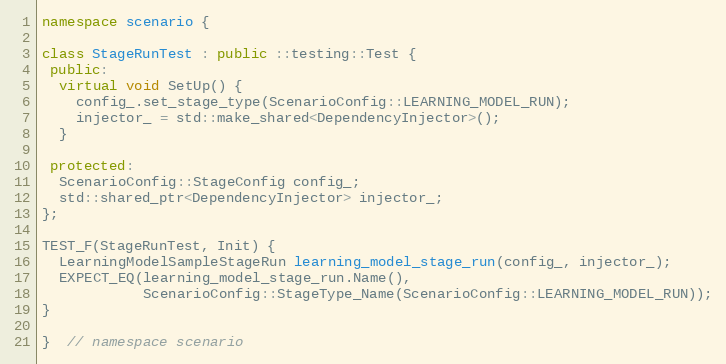
Language: C++
namespace scenario {

class StageRunTest : public ::testing::Test {
 public:
  virtual void SetUp() {
    config_.set_stage_type(ScenarioConfig::LEARNING_MODEL_RUN);
    injector_ = std::make_shared<DependencyInjector>();
  }

 protected:
  ScenarioConfig::StageConfig config_;
  std::shared_ptr<DependencyInjector> injector_;
};

TEST_F(StageRunTest, Init) {
  LearningModelSampleStageRun learning_model_stage_run(config_, injector_);
  EXPECT_EQ(learning_model_stage_run.Name(),
            ScenarioConfig::StageType_Name(ScenarioConfig::LEARNING_MODEL_RUN));
}

}  // namespace scenario